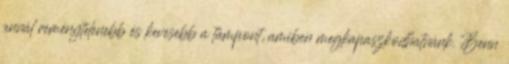
annál reménytelenebb és kevesebb a támpont, amiben megkapaszkodhatnánk. Benn